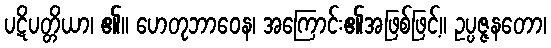
ပဋိပတ္တိယာ၊ ၏။ ဟေတုဘာဝေန၊ အကြောင်း၏အဖြစ်ဖြင့်။ ဥပ္ပဇ္ဇနတော၊